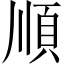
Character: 順